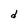
Character: d